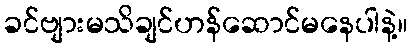
ခင်ဗျားမသိချင်ဟန်ဆောင်မနေပါနဲ့။